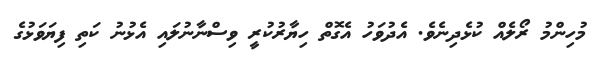
މުހިންމު ރޯލެއް ކުޅެދިނެވެ. އެދުވަހު އެގޮތް ހިޔާރުކުރީ ވިސްނާނުލައި އެޅުނު ކަތި ފިޔަވަޅުގެ